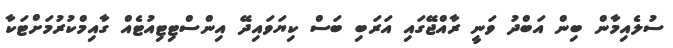
ސުލެއިމާން ބިން އަބްދު ވަނީ ރާއްޖޭގައި އަރަބި ބަސް ކިޔަވައިދޭ އިންސްޓިޓިއުޓެއް ގާއިމްކުރުމަށްޓަކާ